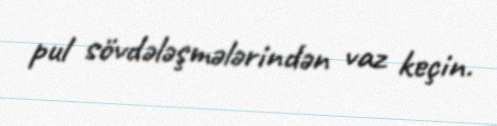
pul sövdələşmələrindən vaz keçin.